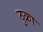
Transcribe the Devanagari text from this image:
ठुक्रा